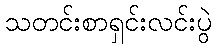
သတင်းစာရှင်းလင်းပွဲ